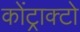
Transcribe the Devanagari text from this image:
कोंट्राक्टो